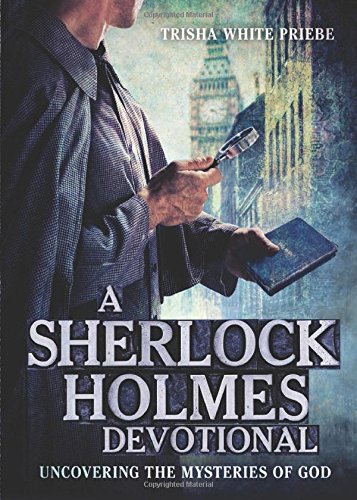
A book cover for A Sherlock Holmes Devotional: Uncovering the Mysteries of God; Trisha Priebe; Mystery, Thriller & Suspense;